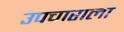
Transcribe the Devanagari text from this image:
उपचाराला